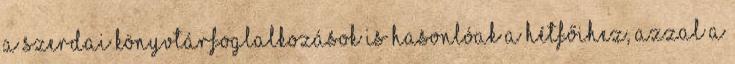
A szerdai könyvtárfoglalkozások is hasonlóak a hétfőihez, azzal a